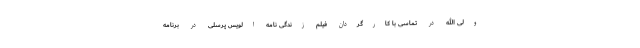
ولی الله در تماسی با کارگردان فیلم زندگی نامه الویس پرسلی در برنامه